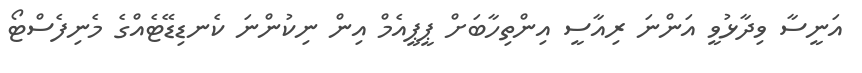
އަނީސާ ވިދާޅުވީ އަންނަ ރިއާސީ އިންތިހާބަށް ޕީޕީއެމް އިން ނިކުންނަ ކެނޑިޑޭޓެއްގެ މެނިފެސްޓޯ